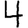
Digit: 4